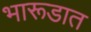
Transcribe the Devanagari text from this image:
भारूडात